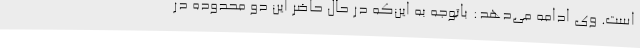
است. وی ادامه می‌دهد: باتوجه به این‌که در حال حاضر این دو محدوده در